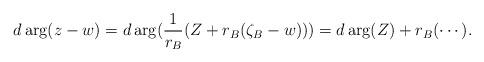
LaTeX: \begin{align*} d\arg(z-w)=d\arg(\frac 1 {r_B}(Z +r_B(\zeta_B-w) )) =d\arg(Z) + r_B(\cdots). \end{align*}